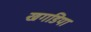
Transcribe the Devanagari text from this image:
खगडिया